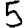
Digit: 5